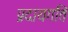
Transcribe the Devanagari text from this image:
प्रदायगति